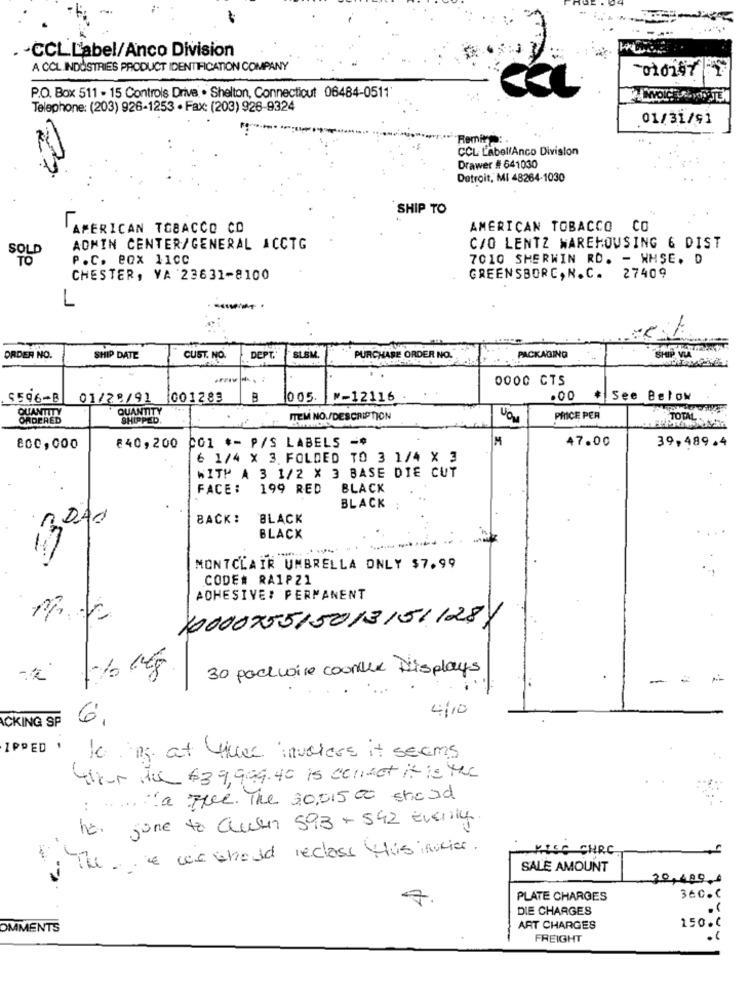
. - CCL L'abel/Anco Division
A CCL INDUSTRIES PRODUCT IDENTIFICATION COMPANY
P.O. Box 511 - 15 Controls Drive . Shelton, Connecticut 06484-0511
Telephone: (203) 926-1253 - Fax: (203) 926-9324
01/31/91
Remito:
CCL LabellAnco Division
Drawer # 641030
Detroit, MI 48264-1030
SHIP TO
AMERICAN TOBACCO CO
L
AMERICAN TOBACCO CO
ADMIN CENTER/GENERAL ACCTG
C/O LENTZ WAREHOUSING 6 DIST
P.C. eox 11cc
7010 SHERWIN RD. - WMSE. D
CHESTER, VA 23631-8100
GREENSBORC, N.C. 27409
L
ORDER NO.
SHIP DATE
CUST. NO.
DEPT.
SLSM.
PURCHASE ORDER NO.
. PACKAGING
0000 CTS
5596-B
01/28/91 001283
B
005. w-12116
.00
See Below
QUANTITY
QUANTITY
ORDERED
SHIPPED.
ITEM NO./DESCRIPTION
PRICE PER
TOTAL
001 *- P/S LABELS -
M
39,489.4
ecc, coo
€40,200
47.00
6 1/4 X 3 FOLDED TO 3 1/4 X 3
WITH A 3 1/2 X 3 BASE DIE CUT
FACE :
199 RED
BLACK
BLACK
2010
BACK:
BLACK
BLACK
MONTCLAIR UMBRELLA ONLY $7.99
CODE# RAIP21
ADHESIVE: PERMANENT
10000755150131511281
30 packwire courtlhe Displays
-
4/10
6,
CKING SP
IPPED · 10 m at times invalore it seems
thor de 639,999.40 is cennet it is Mir
:a Free. The 30,015 00 should
her gone to Clusin 593 + 542 Evenly
: The & we should reclass this incies.
RISC CHRC
SALE AMOUNT
30,4000
7
PLATE CHARGES
36C.C
DIE CHARGES
OMMENTS
ART CHARGES
150.0
FREIGHT